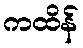
ကထိန်